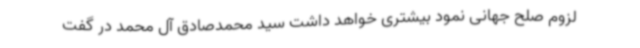
لزوم صلح جهانی نمود بیشتری خواهد داشت سید محمدصادق آل محمد در گفت